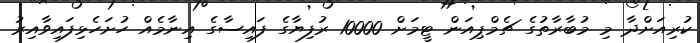
ކުރިއަށްދާ މި މުބާރާތުގެ ޗެމްޕިއަން ޓީމަށް 10000 ރުފިޔާގެ ފައިސާގެ އިނާމެއް ހުށަހެޅިފައިވާއިރު